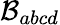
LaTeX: \mathcal{B}_{abcd}